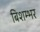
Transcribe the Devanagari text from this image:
बिशम्भर